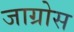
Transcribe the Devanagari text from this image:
जाग्रोस